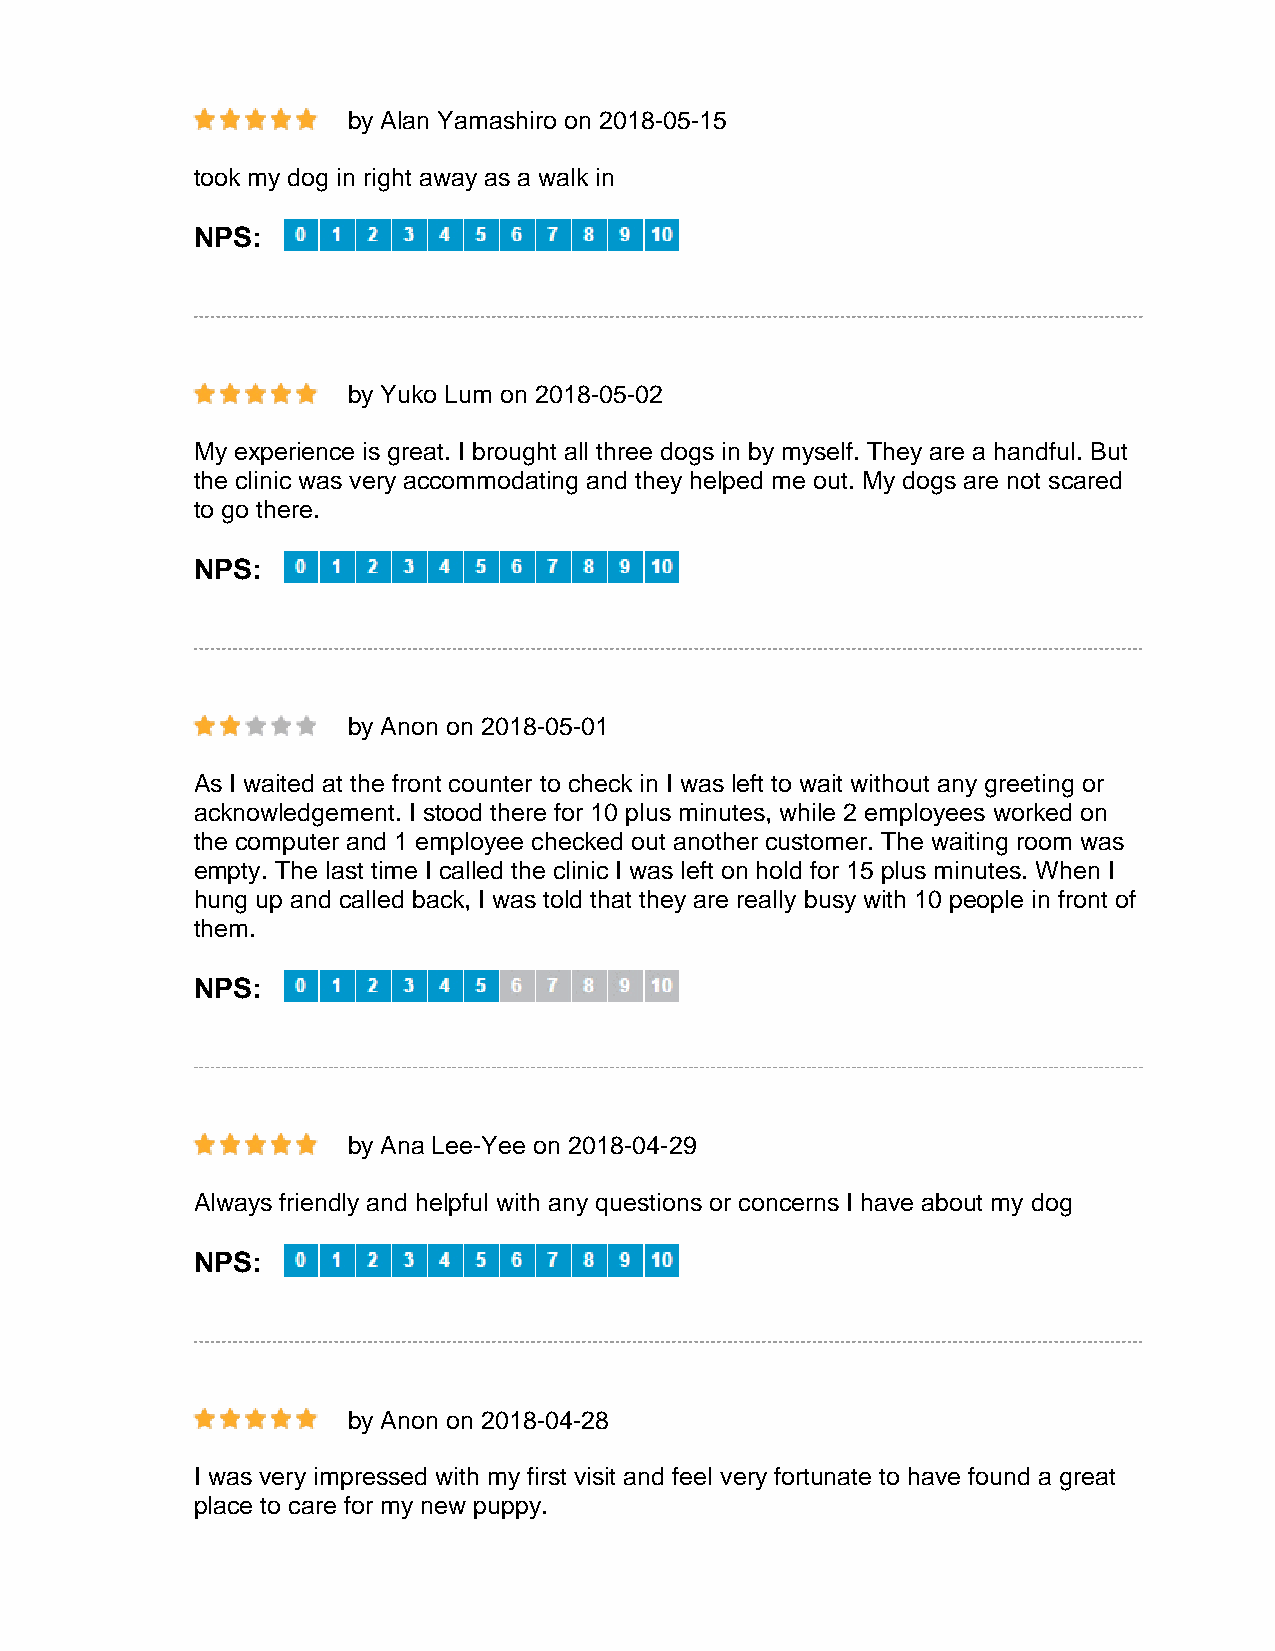
by Alan Yamashiro on 2018-05-15
 took my dog in right away as a walk in
 NPS:
 by Yuko Lum on 2018-05-02
 My experience is great. I brought all three dogs in by myself. They are a handful. But
 the clinic was very accommodating and they helped me out. My dogs are not scared
 to go there.
 NPS:
 by Anon on 2018-05-01
 As I waited at the front counter to check in I was left to wait without any greeting or
 acknowledgement. I stood there for 10 plus minutes, while 2 employees worked on
 the computer and 1 employee checked out another customer. The waiting room was
 empty. The last time I called the clinic I was left on hold for 15 plus minutes. When I
 hung up and called back, I was told that they are really busy with 10 people in front of
 them.
 NPS:
 by Ana Lee-Yee on 2018-04-29
 Always friendly and helpful with any questions or concerns I have about my dog
 NPS:
 by Anon on 2018-04-28
 I was very impressed with my first visit and feel very fortunate to have found a great
 place to care for my new puppy.